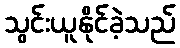
သွင်းယူနိုင်ခဲ့သည်